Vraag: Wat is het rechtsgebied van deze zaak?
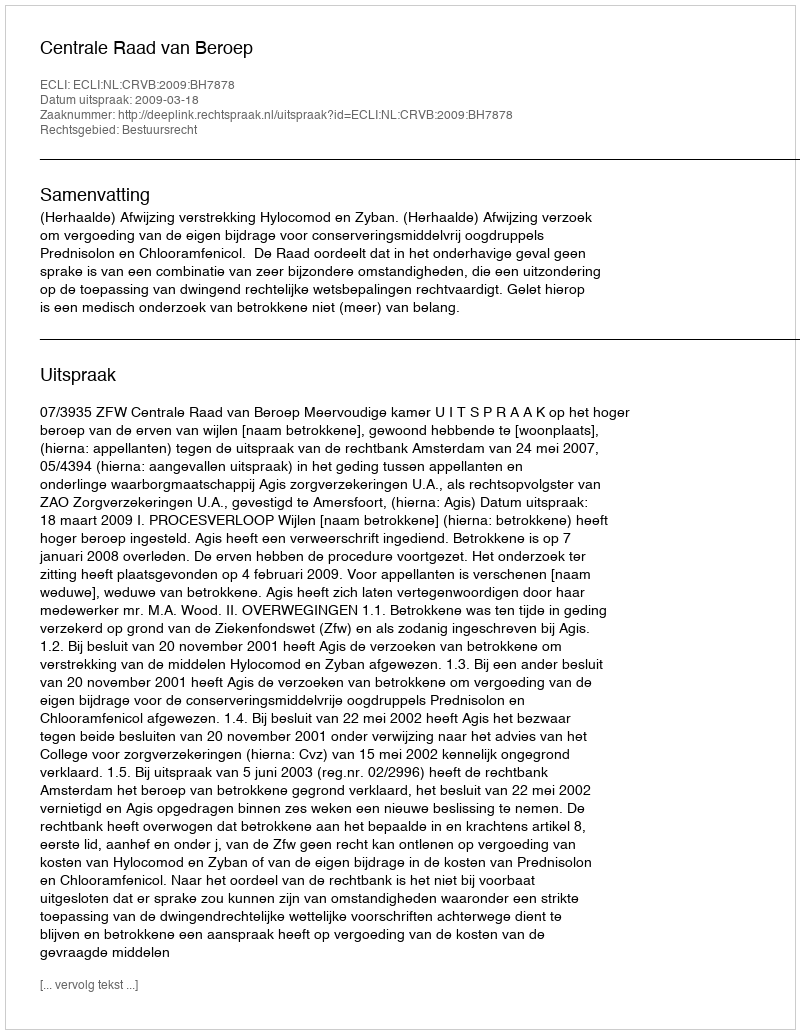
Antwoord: Bestuursrecht